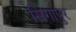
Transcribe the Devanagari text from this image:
सिगापुर